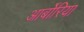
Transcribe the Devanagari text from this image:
आर्बोरिया